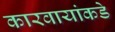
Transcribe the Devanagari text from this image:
कारवायांकडे